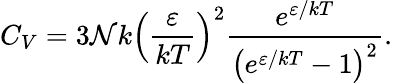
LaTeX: C_{V}=3\mathcal{N}k\left({\frac{{\varepsilon}}{{kT}}}\right)^{2}{\frac{{e^{\varepsilon/kT}}}{{\left(e^{\varepsilon/kT}-1\right)^{2}}}}.